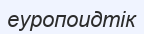
еуропоидтік